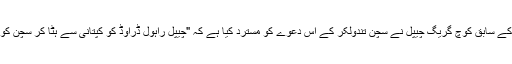
لیکن بھارتی کرکٹ ٹیم کے سابق کوچ گریگ چیپل نے سچن تندولکر کے اس دعوے کو مسترد کیا ہے کہ "چیپل راہول ڈراوڈ کو کپتانی سے ہٹا کر سچن کو کپتان بنانا چاہتے تھے۔